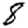
Digit: 8